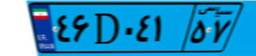
۴۶D۰۴۱۵۷